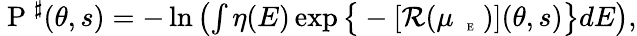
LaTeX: \begin{array}{r}{\mathrm{~P~}^{\sharp}(\theta,s)=-\ln\left(\int\eta(E)\exp\big\{ -[{\mathcal R}(\mu_{\mathrm{~{~\tiny~E~}~}})](\theta,s)\big\} dE\right),}\end{array}